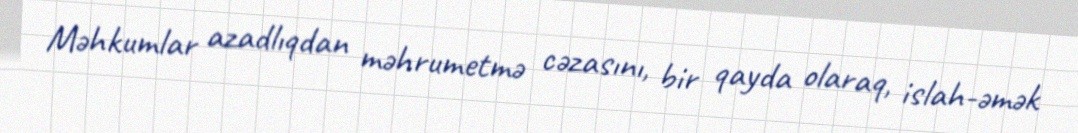
Məhkumlar azadlıqdan məhrumetmə cəzasını, bir qayda olaraq, islah-əmək